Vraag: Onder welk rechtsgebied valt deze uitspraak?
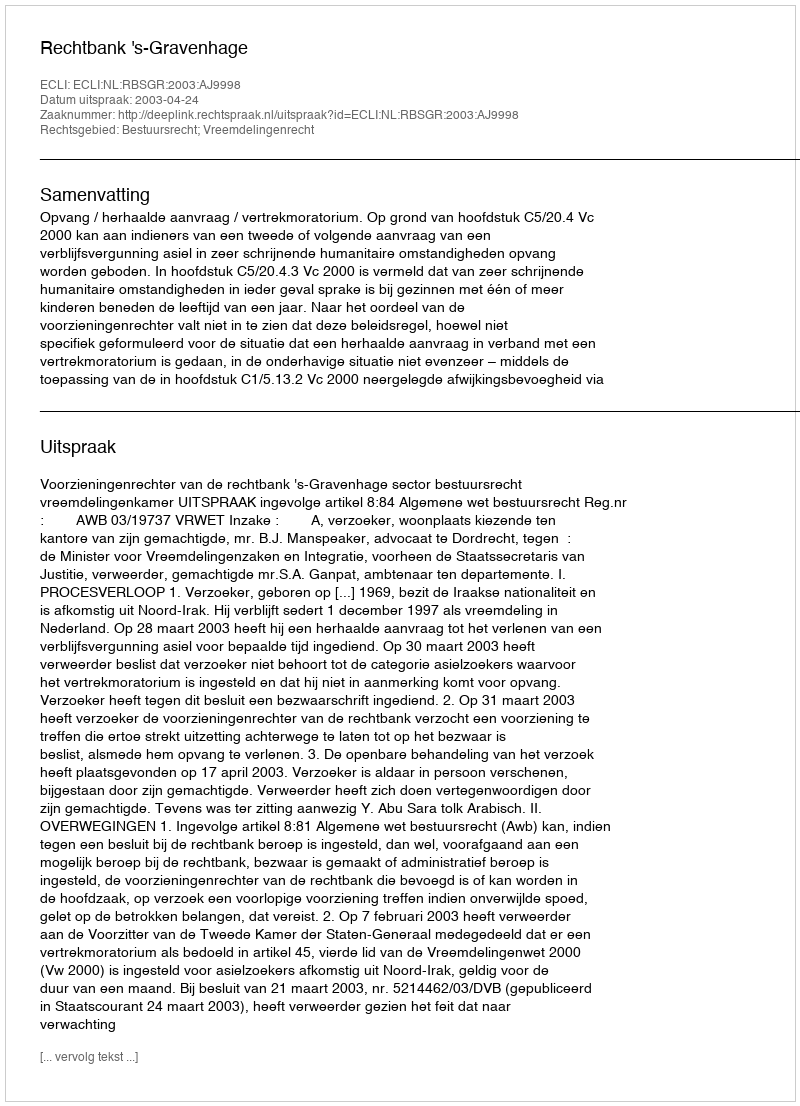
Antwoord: Bestuursrecht; Vreemdelingenrecht